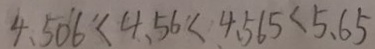
4 . 5 0 6 < 4 . 5 6 < 4 . 5 6 5 < 5 . 6 5